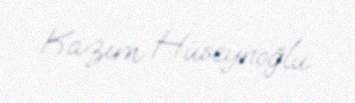
Kazım Hüseynoğlu